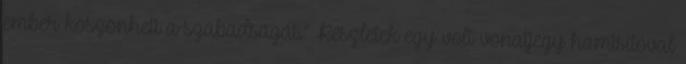
ember köszönheti a szabadságát.” Részletek egy volt vonatjegy hamisítóval